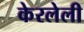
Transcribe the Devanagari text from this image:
केरलेली